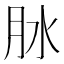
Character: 𦙙